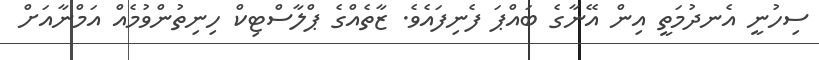
ސިހުނީ އެނދުމަތީ އިން އޭނާގެ ބައްޕަ ފެނިފައެވެ. ޒާތެއްގެ ޕްލާސްޓިކް ހިނިތުންވުމެއް އަމްނާއަށް